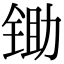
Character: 锄